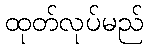
ထုတ်လုပ်မည်